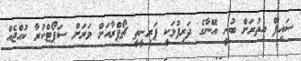
ސައިފް އިތުރަށް ބުނީ އޭނާގެ ދަރިފުޅަކީ ޕަރިނީތީ ޗޯޕްރާއަށް ވަރަށް ސަޕޯޓްކުރާ ކުއްޖެއް